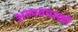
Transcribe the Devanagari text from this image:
अल्पवयस्कों